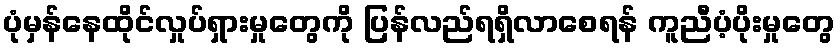
ပုံမှန်နေထိုင်လှုပ်ရှားမှုတွေကို ပြန်လည်ရရှိလာစေရန် ကူညီပံ့ပိုးမှုတွေ